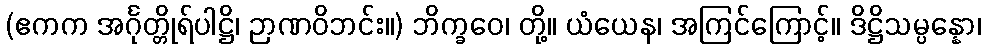
(ဧကက အင်္ဂုတ္တိုရ်ပါဋ္ဌိ၊ ဉာဏဝိဘင်း။) ဘိက္ခဝေ၊ တို့။ ယံယေန၊ အကြင်ကြောင့်။ ဒိဋ္ဌိသမ္ပန္နော၊